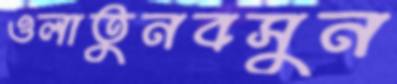
ওলাতুনবসুন